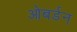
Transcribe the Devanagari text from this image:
ओबर्डन